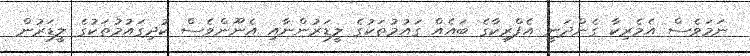
ނަމަވެސް އެމެރިކާ ގެންދަނީ އެފްރިކާގެ ބައެއް ގައުމުތަކުގެ ލީޑަރުންނާއި އެނޫންވެސް ކުދިގައުމުތަކުގެ ލީޑަރުން